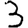
Digit: 3